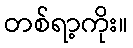
တစ်ရာ့ကိုး။